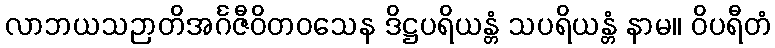
လာဘယသဉာတိအင်္ဂဇီဝိတဝသေန ဒိဋ္ဌပရိယန္တံ သပရိယန္တံ နာမ။ ဝိပရီတံ